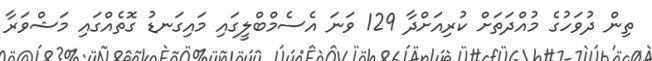
ތިން ދުވަހުގެ މުއްދަތަށް ކުރިއަށްދާ 129 ވަނަ އެސެމްބްލީގައި މައިގަނޑު ގޮތެއްގައި މަޝްވަރާ